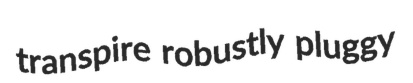
transpire robustly pluggy